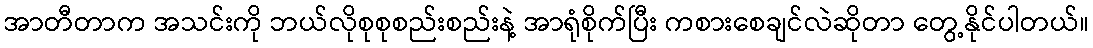
အာတီတာက အသင်းကို ဘယ်လိုစုစုစည်းစည်းနဲ့ အာရုံစိုက်ပြီး ကစားစေချင်လဲဆိုတာ တွေ့နိုင်ပါတယ်။